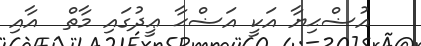
އުޟްޙިޔާ އަކީ އަޟްޙާ ޢީދުގައި މާތް  އާއި